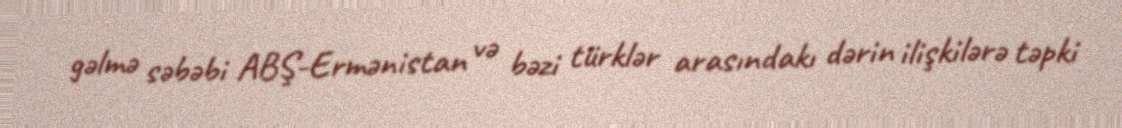
gəlmə səbəbi ABŞ-Ermənistan və bəzi türklər arasındakı dərin ilişkilərə təpki